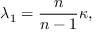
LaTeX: \lambda _ { 1 } = { \frac { n } { n - 1 } } \kappa ,